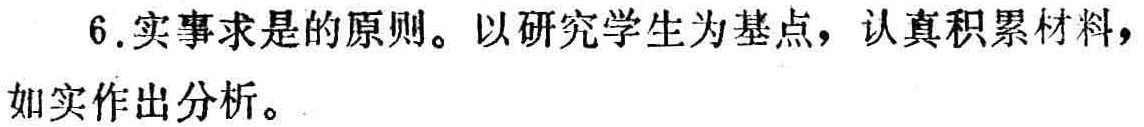
6. 实事求是的原则。以研究学生为基点，认真积累材料，如实作出分析。